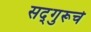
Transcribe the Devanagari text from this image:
सद्‌गुरूचे